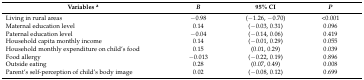
<table><thead><tr><td><b>Variables <sup>a</sup></b></td><td><b><i>B</i></b></td><td><b>95% CI</b></td><td><b><i>P</i></b></td></tr></thead><tbody><tr><td>Living in rural areas</td><td>−0.98</td><td>(−1.26, −0.70)</td><td>&lt;0.001</td></tr><tr><td>Maternal education level</td><td>0.14</td><td>(−0.03, 0.31)</td><td>0.096</td></tr><tr><td>Paternal education level</td><td>−0.04</td><td>(−0.14, 0.06)</td><td>0.419</td></tr><tr><td>Household capita monthly income</td><td>0.14</td><td>(−0.01, 0.29)</td><td>0.055</td></tr><tr><td>Household monthly expenditure on child’s food</td><td>0.15</td><td>(0.01, 0.29)</td><td>0.039</td></tr><tr><td>Food allergy</td><td>−0.013</td><td>(−0.22, 0.19)</td><td>0.896</td></tr><tr><td>Outside eating</td><td>0.28</td><td>(0.07, 0.49)</td><td>0.008</td></tr><tr><td>Parent’s self-perception of child’s body image</td><td>0.02</td><td>(−0.08, 0.12)</td><td>0.699</td></tr></tbody></table>